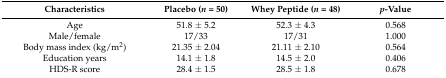
| Characteristics | Placebo (n = 50) | Whey Peptide (n = 48) | p-Value |
 | --- | --- | --- | --- |
 | Age | 51.8 ± 5.2 | 52.3 ± 4.3 | 0.568 |
 | Male/female | 17/33 | 17/31 | 1.000 |
 | Body mass index (kg/m2) | 21.35 ± 2.04 | 21.11 ± 2.10 | 0.564 |
 | Education years | 14.1 ± 1.8 | 14.5 ± 2.0 | 0.406 |
 | HDS-R score | 28.4 ± 1.5 | 28.5 ± 1.8 | 0.678 |